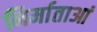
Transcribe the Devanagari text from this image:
निर्माताआं